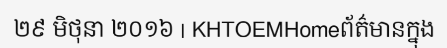
២៩ មិថុនា ២០១៦ | KHTOEMHomeព័ត៌មានក្នុង